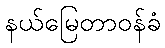
နယ်မြေတာဝန်ခံ